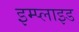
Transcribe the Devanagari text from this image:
इम्प्‍लाइड